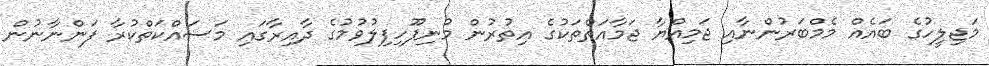
މަޖިލީހުގެ ބައެއްް މެމްބަރުންނާއި ޖަމިއްޔާ ޖަމާއަތްތަކުގެ އިތުރުން މުނިފޫހިފިލުވުމުގެ ދާއިރާގައި މަސައްކަތްކުރާ ފަންނާނުން